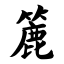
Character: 簏